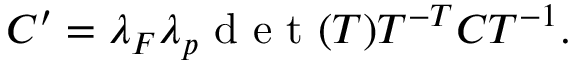
\begin{array} { r } { C ^ { \prime } = \lambda _ { F } \lambda _ { p } \mathrm { ~ d ~ e ~ t ~ } ( T ) T ^ { - T } C T ^ { - 1 } . } \end{array}